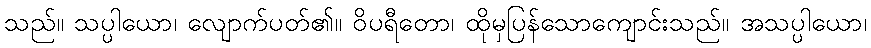
သည်။ သပ္ပါယော၊ လျောက်ပတ်၏။ ဝိပရီတော၊ ထိုမှပြန်သောကျောင်းသည်။ အသပ္ပါယော၊